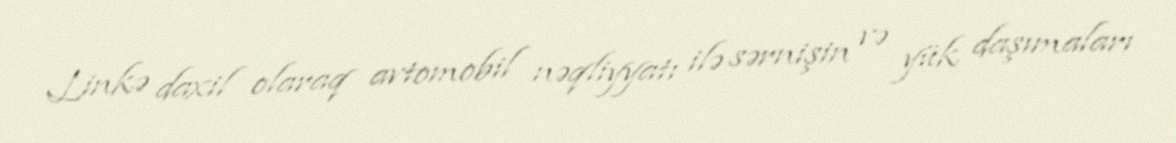
Linkə daxil olaraq avtomobil nəqliyyatı ilə sərnişin və yük daşımaları